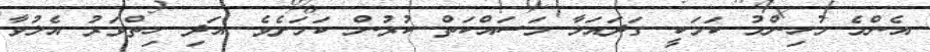
އެންމެ މުހިންމު ކަމަކީ ގަދައަޅާ މަސައްކަތް ކުރުން ކަމަށެވެ. އަދި ހިތްވަރު އެލުވާ